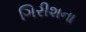
ગિરીશના